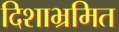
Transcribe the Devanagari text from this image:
दिशाभ्रमित